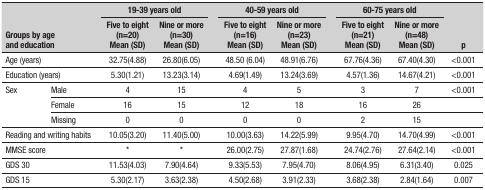
<table><thead><tr><td rowspan="2" colspan="2"><b>Groups by ageandeducation</b></td><td colspan="2"><b>19-39 years old</b></td><td><b> </b></td><td colspan="2"><b>40-59 years old</b></td><td><b> </b></td><td colspan="2"><b>60-75 years old</b></td><td rowspan="2"><b>p</b></td></tr><tr><td><b>Five to eight(n=20)Mean (SD)</b></td><td><b>Nine or more(n=30)Mean (SD)</b></td><td><b> </b></td><td><b>Five to eight(n=16)Mean (SD)</b></td><td><b>Nine or more(n=23)Mean (SD)</b></td><td><b> </b></td><td><b>Five to eight(n=21)Mean (SD)</b></td><td><b>Nine or more(n=48)Mean (SD)</b></td></tr></thead><tbody><tr><td colspan="2">Age (years)</td><td>32.75(4.88)</td><td>26.80(6.05)</td><td> </td><td>48.50 (6.04)</td><td>48.91(6.76)</td><td> </td><td>67.76(4.36)</td><td>67.40(4.30)</td><td>&lt;0.001</td></tr><tr><td colspan="2">Education (years)</td><td>5.30(1.21)</td><td>13.23(3.14)</td><td> </td><td>4.69(1.49)</td><td>13.24(3.69)</td><td> </td><td>4.57(1.36)</td><td>14.67(4.21)</td><td>&lt;0.001</td></tr><tr><td rowspan="3">Sex</td><td>Male</td><td>4</td><td>15</td><td> </td><td>4</td><td>5</td><td> </td><td>3</td><td>7</td><td>&lt;0.001</td></tr><tr><td>Female</td><td>16</td><td>15</td><td> </td><td>12</td><td>18</td><td> </td><td>16</td><td>26</td><td> </td></tr><tr><td>Missing</td><td>0</td><td>0</td><td> </td><td>0</td><td>0</td><td> </td><td>2</td><td>15</td><td> </td></tr><tr><td colspan="2">Reading and writing habits</td><td>10.05(3.20)</td><td>11.40(5.00)</td><td> </td><td>10.00(3.63)</td><td>14.22(5.99)</td><td> </td><td>9.95(4.70)</td><td>14.70(4.99)</td><td>&lt;0.001</td></tr><tr><td colspan="2">MMSE score</td><td>*</td><td>*</td><td> </td><td>26.00(2.75)</td><td>27.87(1.68)</td><td> </td><td>24.74(2.76)</td><td>27.64(2.14)</td><td>&lt;0.001</td></tr><tr><td colspan="2">GDS 30</td><td>11.53(4.03)</td><td>7.90(4.64)</td><td> </td><td>9.33(5.53)</td><td>7.95(4.70)</td><td> </td><td>8.06(4.95)</td><td>6.31(3.40)</td><td>0.025</td></tr><tr><td colspan="2">GDS 15</td><td>5.30(2.17)</td><td>3.63(2.38)</td><td> </td><td>4.50(2.68)</td><td>3.91(2.33)</td><td> </td><td>3.68(2.38)</td><td>2.84(1.64)</td><td>0.007</td></tr></tbody></table>